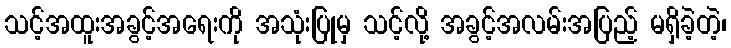
သင့်အထူးအခွင့်အရေးကို အသုံးပြုမှ သင့်လို့ အခွင့်အလမ်းအပြည့် မရှိခဲ့တဲ့၊